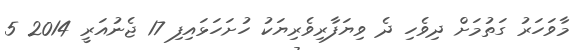
މާވަހަރު ގަތުމަށް ދިވެހި ދެ ވިޔަފާރިވެރިޔަކު ހުށަހަޅައިފި 17 ޖެނުއަރީ 2014 5